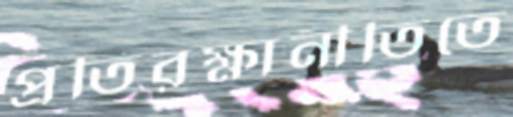
প্রতিরক্ষানীতিতে